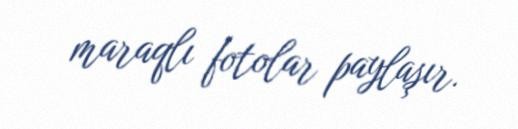
maraqlı fotolar paylaşır.